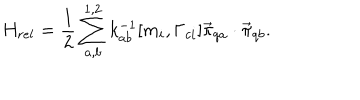
H _ { r e l } = { \frac { 1 } { 2 } } \sum _ { a , b } ^ { 1 , 2 } k _ { a b } ^ { - 1 } [ m _ { i } , \Gamma _ { c i } ] { \vec { \pi } } _ { q a } \cdot { \vec { \pi } } _ { q b } .